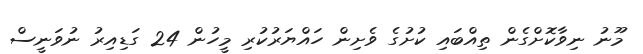
މޫނު ނިވާކޮށްގެން ތިއްބައި ކުށުގެ ވެށިން ހައްޔަރުކުރި މީހުން 24 ގަޑިއިރު ނުވަނީސް